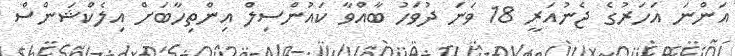
އަންނަ އަހަރުގެ ޖެނުއަރީ 18 ވަނަ ދުވަހު ބާއްވާ ކައުންސިލް އިންތިހާބަށް އިލެކްޝަންސް